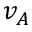
v _ { A }